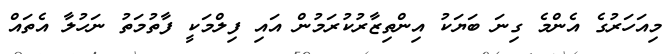
މިއަހަރުގެ އެންމެ ގިނަ ބަޔަކު އިންތިޒާރުކުރަމުން އައި ފިލްމަކީ ފާތުމަތު ނަހުލާ އެތައް